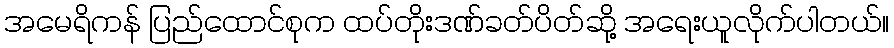
အမေရိကန် ပြည်ထောင်စုက ထပ်တိုးဒဏ်ခတ်ပိတ်ဆို့ အရေးယူလိုက်ပါတယ်။